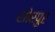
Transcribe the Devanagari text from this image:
शोरपुर